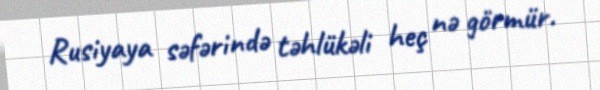
Rusiyaya səfərində təhlükəli heç nə görmür.